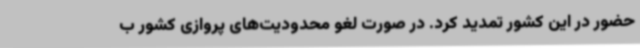
حضور در این کشور تمدید کرد. در صورت لغو محدودیت‌های پروازی کشور ب